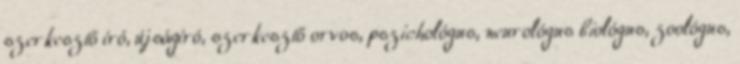
szerkesztő író, újságíró, szerkesztő orvos, pszichológus, neurológus biológus, zoológus,